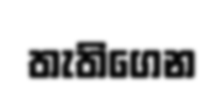
තැතිගෙන